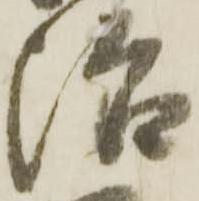
治